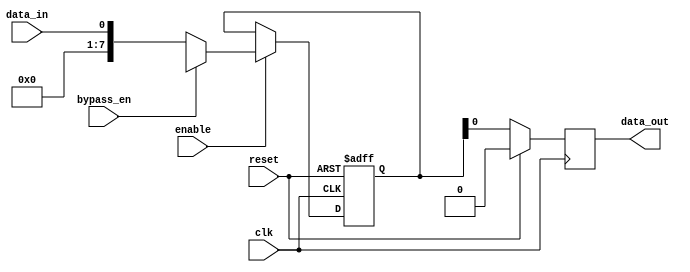
module bypass_register (
    input wire clk,            // Clock input
    input wire reset,          // Reset signal
    input wire enable,         // Enable signal
    input wire bypass_en,      // Bypass enable signal
    input wire data_in,        // Data input
    output reg data_out        // Data output
);

reg [7:0] data_reg;           // Data register
reg [7:0] bypass_data;        // Bypass data register

always @ (posedge clk or posedge reset) begin
    if (reset) begin
        data_reg <= 8'd0;
    end else begin
        if (enable) begin
            if (bypass_en) begin
                data_reg <= bypass_data;
            end else begin
                data_reg <= data_in;
            end
        end
    end
end

always @ (posedge clk) begin
    if (reset) begin
        data_out <= 8'd0;
    end else begin
        data_out <= data_reg;
    end
end

endmodule